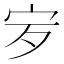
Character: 𡧒